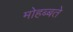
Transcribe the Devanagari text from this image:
मोहब्बते